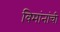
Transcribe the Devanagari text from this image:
विमांनांची